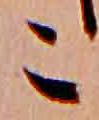
こ